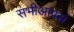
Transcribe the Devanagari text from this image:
सभीआपसं